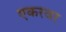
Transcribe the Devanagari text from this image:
एकरवर